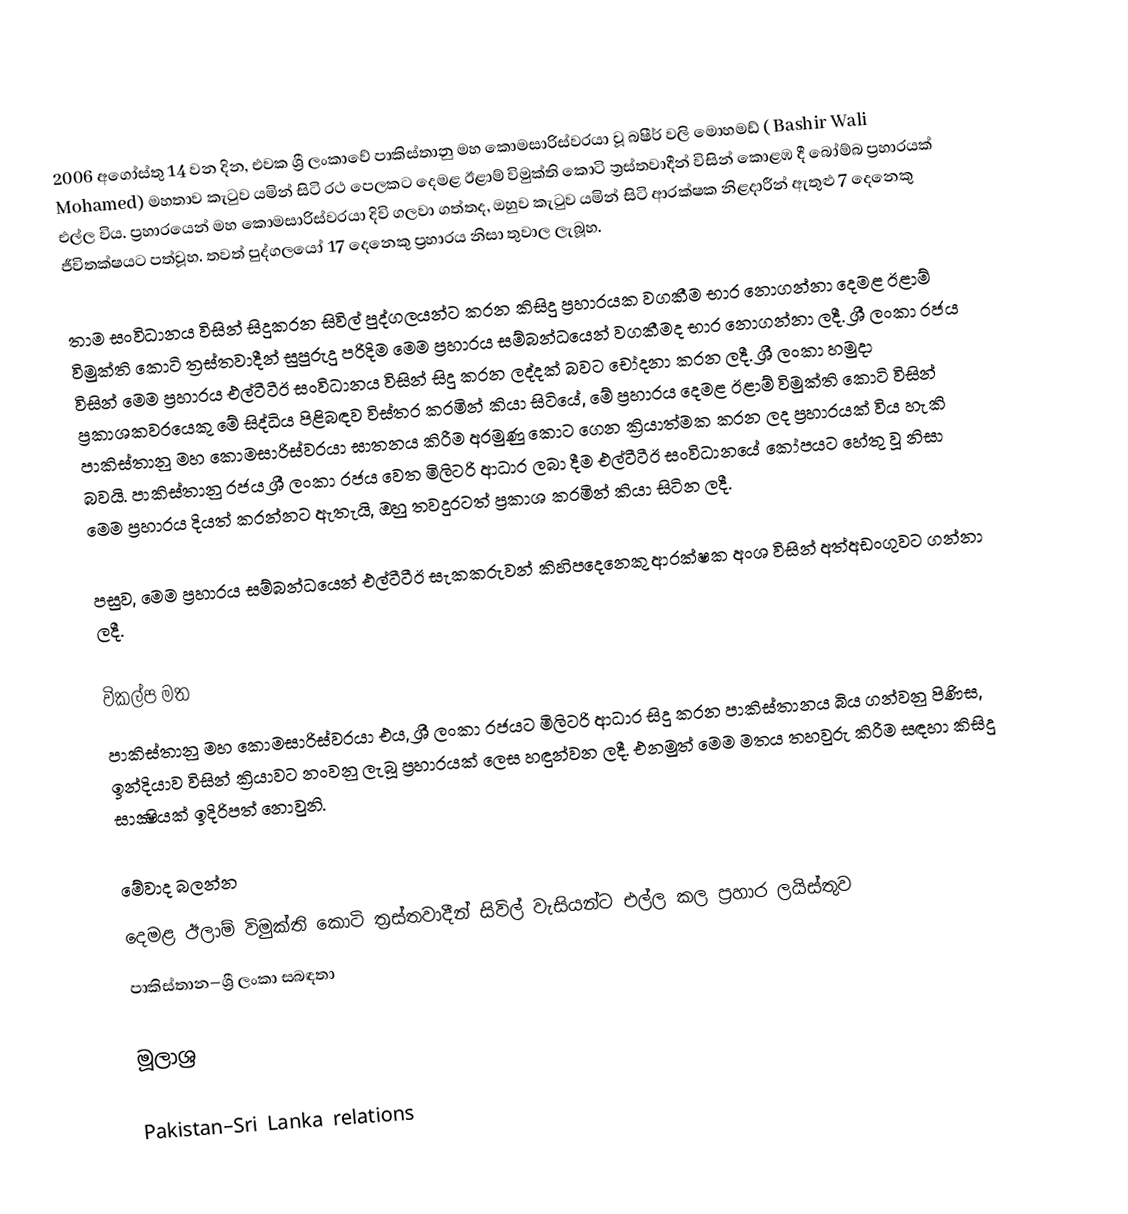
2006 අගෝස්තු 14 වන දින, එවක ශ්‍රී ලංකාවේ පාකිස්තානු මහ කොමසාරිස්වරයා වූ බෂීර් වලි මොහමඩ් ( Bashir Wali Mohamed) මහතාව කැටුව යමින් සිටි රථ පෙලකට දෙමළ ඊළාම් විමුක්ති කොටි ත්‍රස්තවාදීන් විසින් කොළඹ දී බෝම්බ ප්‍රහාරයක් එල්ල විය. ප්‍රහාරයෙන් මහ කොමසාරිස්වරයා දිවි ගලවා ගත්තද, ඔහුව කැටුව යමින් සිටි ආරක්ෂක නිළදාරීන් ඇතුළු 7 දෙනෙකු ජීවිතක්ෂයට පත්වූහ. තවත් පුද්ගලයෝ 17 දෙනෙකු ප්‍රහාරය නිසා තුවාල ලැබූහ.

තාම සංවිධානය විසින් සිදුකරන සිවිල් පුද්ගලයන්ට කරන කිසිදු ප්‍රහාරයක වගකීම භාර නොගන්නා  දෙමළ ඊළාම් විමුක්ති කොටි ත්‍රස්තවාදීන් සුපුරුදු පරිදිම මෙම ප්‍රහාරය සම්බන්ධයෙන් වගකීමද භාර නොගන්නා ලදී.  ශ්‍රී ලංකා රජය විසින් මෙම ප්‍රහාරය එල්ටීටීඊ සංවිධානය විසින් සිදු කරන ලද්දක් බවට චෝදනා කරන ලදී. ශ්‍රී ලංකා හමුදා ප්‍රකාශකවරයෙකු මේ සිද්ධිය පිළිබඳව විස්තර කරමින් කියා සිටියේ, මේ ප්‍රහාරය දෙමළ ඊළාම් විමුක්ති කොටි විසින් පාකිස්තානු මහ කොමසාරිස්වරයා ඝාතනය කිරීම අරමුණු කොට ගෙන ක්‍රියාත්මක කරන ලද ප්‍රහාරයක් විය හැකි බවයි. පාකිස්තානු රජය ශ්‍රී ලංකා රජය වෙත මිලිටරි ආධාර ලබා දීම එල්ටීටීඊ සංවිධානයේ කෝපයට හේතු වූ නිසා මෙම ප්‍රහාරය දියත් කරන්නට ඇතැයි, ඔහු තවදුරටත් ප්‍රකාශ කරමින් කියා සිටින ලදී.

පසුව, මෙම ප්‍රහාරය සම්බන්ධයෙන් එල්ටීටීඊ සැකකරුවන් කිහිපදෙනෙකු ආරක්ෂක අංශ විසින් අත්අඩංගුවට ගන්නා ලදී.

විකල්ප මත
පාකිස්තානු මහ කොමසාරිස්වරයා එය, ශ්‍රී ලංකා රජයට මිලිටරි ආධාර සිදු කරන පාකිස්තානය බිය ගන්වනු පිණිස, ඉන්දියාව විසින් ක්‍රියාවට නංවනු ලැබූ ප්‍රහාරයක් ලෙස හඳුන්වන ලදී. එනමුත් මෙම මතය තහවුරු කිරීම සඳහා කිසිදු සාක්‍ෂියක් ඉදිරිපත් නොවුනි.

මේවාද බලන්න
 දෙමළ ඊලාම් විමුක්ති කොටි ත්‍රස්තවාදීන් සිවිල් වැසියන්ට එල්ල කල ප්‍රහාර ලයිස්තුව
 පාකිස්තාන–ශ්‍රී ලංකා සබඳතා

මූලාශ්‍ර

Pakistan–Sri Lanka relations